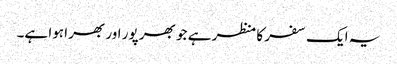
یہ ایک سفر کا منظر ہے جو بھر پور اور بھرا ہوا ہے۔